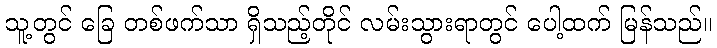
သူ့တွင် ခြေ တစ်ဖက်သာ ရှိသည့်တိုင် လမ်းသွားရာတွင် ပေါ့ထက် မြန်သည်။